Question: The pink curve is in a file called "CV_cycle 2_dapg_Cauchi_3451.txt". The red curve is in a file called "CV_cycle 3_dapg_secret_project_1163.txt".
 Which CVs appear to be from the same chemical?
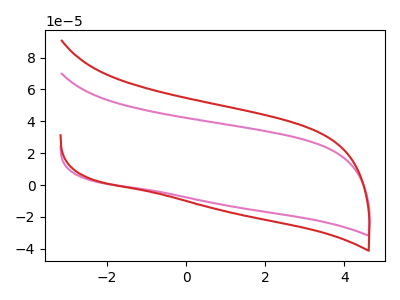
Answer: <think>The pink curve "dapg_cycle 2" has no peaks. The red curve "dapg_cycle 3" has no peaks.
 Neither "dapg_cycle 2" or "dapg_cycle 3" have any peaks.</think>
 <answer>"dapg_cycle 2" and "dapg_cycle 3" have the same shape and are likely CV's of the same chemical.</answer>
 <eval>"dapg_cycle 2" "dapg_cycle 3"</eval>